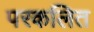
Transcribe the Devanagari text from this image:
परकलित